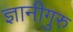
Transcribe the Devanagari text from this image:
ज्ञानीगुरु